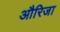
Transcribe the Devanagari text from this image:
औरिजा